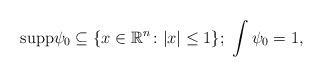
LaTeX: \begin{align*}{\rm supp}\psi_0\subseteq\{x\in\mathbb R^{n}\colon\vert x\vert\leq1\};\ \int{\psi_0}=1,\end{align*}